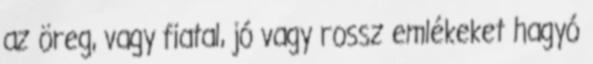
az öreg, vagy fiatal, jó vagy rossz emlékeket hagyó